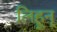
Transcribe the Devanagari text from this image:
लिहून्